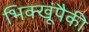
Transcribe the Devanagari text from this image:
भिक्खूंपैकी